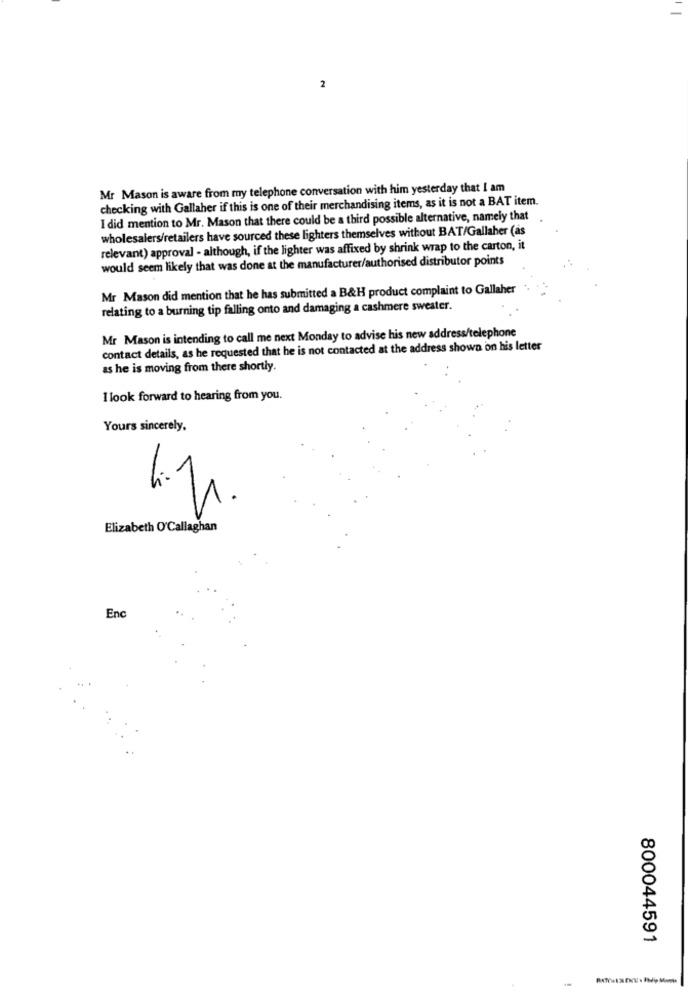
2
Mr Mason is aware from my telephone conversation with him yesterday that I am
checking with Gallaher if this is one of their merchandising items, as it is not a BAT item.
I did mention to Mr. Mason that there could be a third possible alternative, namely that.
wholesalers/retailers have sourced these lighters themselves without BAT/Gallaher (as
relevant) approval - although, if the lighter was affixed by shrink wrap to the carton, it
would seem likely that was done at the manufacturer/authorised distributor points
Mr Mason did mention that he has submitted a B&H product complaint to Gallaher
relating to a burning tip falling onto and damaging a cashmere sweater.
Mr Mason is intending to call me next Monday to advise his new address/telephone
contact details, as he requested that he is not contacted at the address shown on his letter
as he is moving from there shortly.
I look forward to hearing from you.
Yours sincerely,
1.1
Elizabeth O'Callaghan
Enc
800044591